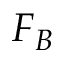
F _ { B }